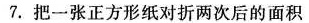
7.把一张正方形纸对折两次后的面积